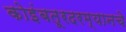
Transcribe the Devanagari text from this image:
कोइंबतूरदरम्यानचे